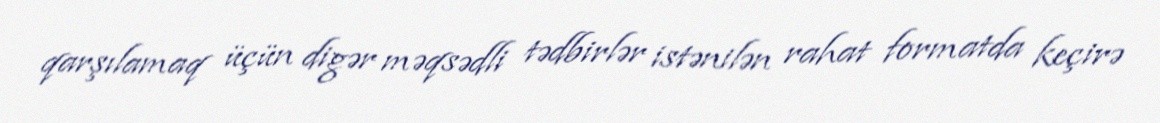
qarşılamaq üçün digər məqsədli tədbirlər istənilən rahat formatda keçirə